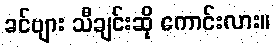
ခင်ဗျား သီချင်းဆို ကောင်းလား။